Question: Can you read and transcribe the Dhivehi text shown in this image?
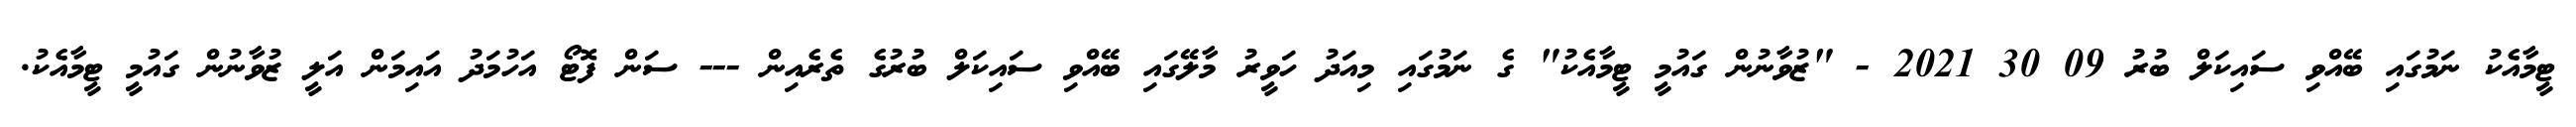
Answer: ޓީމާއެކު ނަމުގައި ބޭއްވި ސައިކަލް ބުރު 09 30 2021 - "ޒުވާނުން ގައުމީ ޓީމާއެކު" ގެ ނަމުގައި މިއަދު ހަވީރު މާލޭގައި ބޭއްވި ސައިކަލް ބުރުގެ ތެރެއިން --- ސަން ފޮޓޯ އަހުމަދު އައިމަން އަލީ ޒުވާނުން ގައުމީ ޓީމާއެކު.